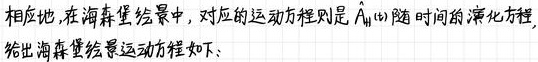
相应地,在海森堡绘景中,对应的运动方程则是 $\hat{A}_{H}(t)$ 随时间的演化方程.
给出海森堡绘景运动方程如下: